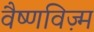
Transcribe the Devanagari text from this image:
वैष्णविज़्म